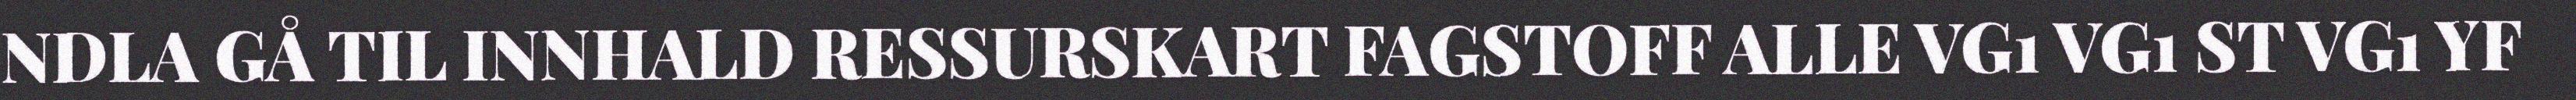
NDLA GÅ TIL INNHALD RESSURSKART FAGSTOFF ALLE VG1 VG1 ST VG1 YF